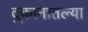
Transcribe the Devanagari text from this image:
दुकानातल्या